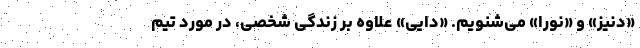
«دنیز» و «نورا» می‌شنویم. «دایی» علاوه بر زندگی شخصی، در مورد تیم